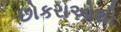
છોકરાઓથી